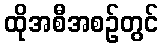
ထိုအစီအစဉ်တွင်